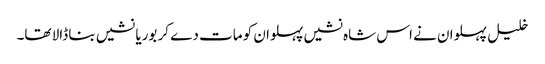
خلیل پہلوان نے اس شاہ نشیں پہلوان کو مات دے کر بوریا نشیں بنا ڈالا تھا۔